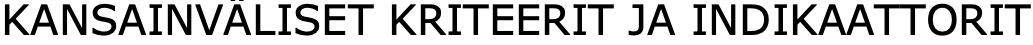
KANSAINVÄLISET KRITEERIT JA INDIKAATTORIT